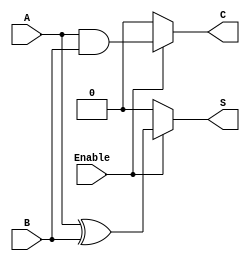
module Conditional_Half_Adder (
    input wire A,        // First input bit
    input wire B,        // Second input bit
    input wire Enable,   // Control signal
    output wire S,       // Sum output
    output wire C        // Carry output
);

// Combinational logic for Sum and Carry outputs
assign S = Enable ? (A ^ B) : 1'b0;  // Sum is A XOR B when enabled, else 0
assign C = Enable ? (A & B) : 1'b0;  // Carry is A AND B when enabled, else 0

endmodule